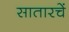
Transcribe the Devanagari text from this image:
सातारचें